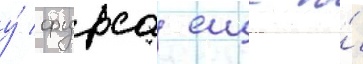
у́ фурса еще и́